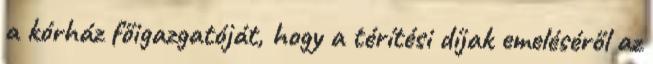
a kórház főigazgatóját, hogy a térítési díjak emeléséről az